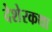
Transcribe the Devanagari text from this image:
देशेरकथा